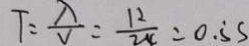
T = \frac { \lambda } { V } = \frac { 1 2 } { 2 4 } = 0 . 5 s